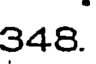
348.